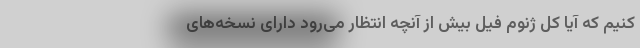
کنیم که آیا کل ژنوم فیل بیش از آنچه انتظار می‌رود دارای نسخه‌های